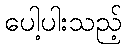
ပေါ့ပါးသည့်